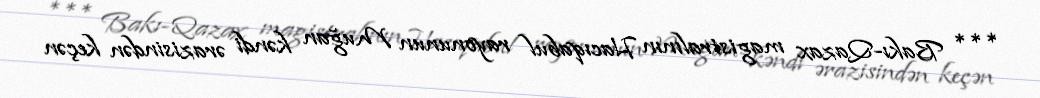
*** Bakı-Qazax magistralının Hacıqabul rayonunun Muğan kəndi ərazisindən keçən